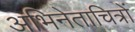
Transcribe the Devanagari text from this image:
अभिनेताचित्रों